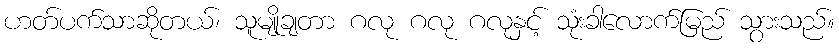
ဟတ်ပက်သာဆိုတယ်၊ သူမျိုချတာ ဂလု ဂလု ဂလုနှင့် သုံးခါလောက်မြည် သွားသည်။